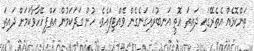
ތަންކޮޅެއް އެތެރޭގައި ދައިތަ އޮތީ އަނބުރައިގަނެގެން ވެއްޓިފައެވެ. ހުން ގަދަކަމުން އަތްފިހޭހާވާކަމަށް ދައިތަ